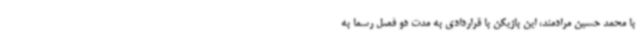
با محمد حسین مرادمند، این بازیکن با قراردادی به مدت دو فصل رسما به